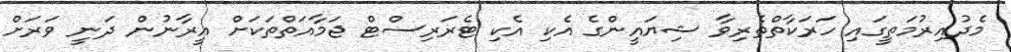
މެދުއިރުމަތީގައި ހަރަކާތްތެރިވާ ޝިޔައީންގެ އެކި އެކި ޓެރަރިސްޓް ޖަމާއަތްތަކަށް އީރާނުން ދަނީ ވަރަށް